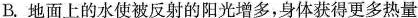
B.地面上的水使被反射的阳光增多，身体获得更多热量